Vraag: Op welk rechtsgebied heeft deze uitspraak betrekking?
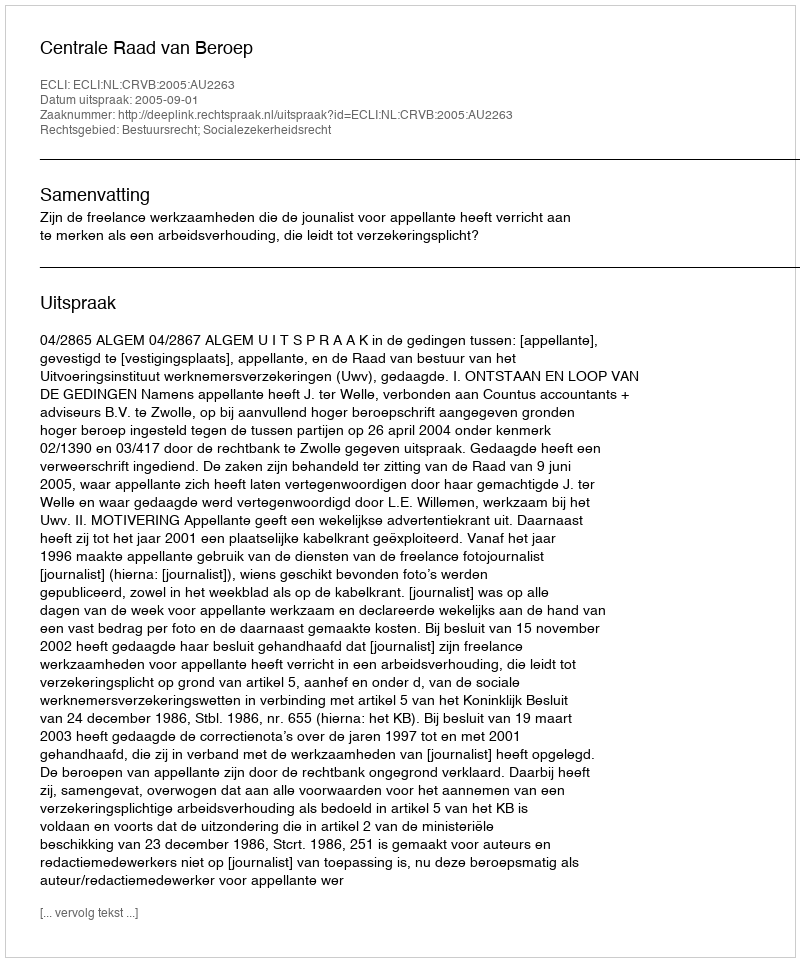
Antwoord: Bestuursrecht; Socialezekerheidsrecht